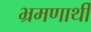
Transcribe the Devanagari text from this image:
भ्रमणार्थी